system: You are a helpful assistant.
user:
Analyze the provided spectrum to determine if it is a **Carbon Star (C-type)**.

- **Key Visual Indicators of Carbon Star:**
    - **(Primary):** Strong molecular absorption from **C₂ (diatomic carbon) "Swan Bands."** This is the **defining feature** of a carbon star.
        - **(Key Bandheads):** Sharp absorption edges are visible at approximately $5635$ Å, $5165$ Å (the strongest band), and $4737$ Å.
        - **(Line Profile):** Creates a distinct **"saw-tooth"** pattern. The key morphology is a sharp, steep bandhead on the **red (long-wavelength) side**, which then gradually tapers off (i.e., flux recovers) towards the **blue (short-wavelength) side**. *(This is the direct opposite of the TiO bands seen in M-type stars)*.

    - **(Secondary):** Intense **CN (cyanogen)** molecular absorption bands.
        - **(Key Bandheads):** Located in the blue and violet regions of the spectrum (e.g., near $4215$ Å and $3883$ Å).
        - **(Morphology):** These bands are extremely broad and act as a "blanket," absorbing the vast majority of blue and violet light. This creates a characteristic **"cliff"** or **"steep drop-off"** in the spectrum's flux at short wavelengths.

    - **(Key Confirmation):** Strong **CH absorption band (G-band)**.
        - **(Key Bandhead):** Located around $4300$ Å. The contribution from CH molecules to this band is exceptionally strong.

    - **(Overall Spectrum):**
        - The continuum is severely "chopped up" by these deep molecular bands, especially C₂, rather than appearing as a smooth curve.
        - Due to the heavy CN and C₂ absorption in the blue-green, the vast majority of the star's flux is concentrated in the red part of the spectrum, giving the star its characteristic deep red color.

Think first, call **spectral_visualization_tool** if needed to examine features in detail, then provide your final answer. Your response must adhere to the following strict rules:
1.  **Overall Structure:** Your response must follow the format `<think>...</think> <tool_call>...</tool_call> (if a tool is used) <answer>...</answer>`.
2.  **Tool Usage Constraint:** You may only make **one** tool call per turn.
3.  **Final Answer Format:** In the `<answer>` tag, your conclusion must be inside a `\boxed{}` command (e.g., `\boxed{YES}`), followed by your justification.

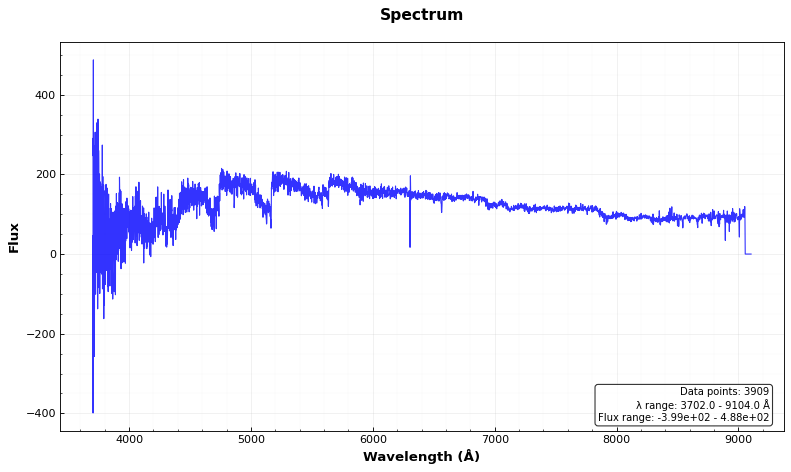
Answer: YES